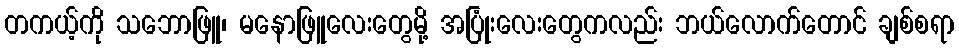
တကယ့်ကို သဘောဖြူ၊ မနောဖြူလေးတွေမို့ အပြုံးလေးတွေကလည်း ဘယ်လောက်တောင် ချစ်စရာ